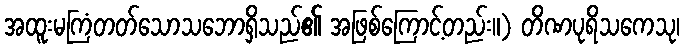
အထူးမကြံတတ်သောသဘောရှိသည်၏ အဖြစ်ကြောင့်တည်း။) တိဏပုရိသကေသု၊